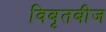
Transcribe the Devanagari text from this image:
विबृतबीज